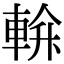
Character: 𨌝